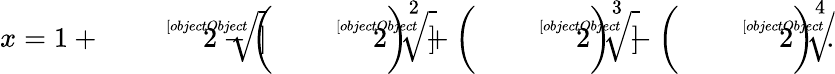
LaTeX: x=1+{\sqrt[[objectObject]]{2}}-\left({\sqrt[[objectObject]]{2}}\right)^{2}+\left({\sqrt[[objectObject]]{2}}\right)^{3}-\left({\sqrt[[objectObject]]{2}}\right)^{4}.